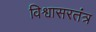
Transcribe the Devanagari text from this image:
विश्वासरतंत्र